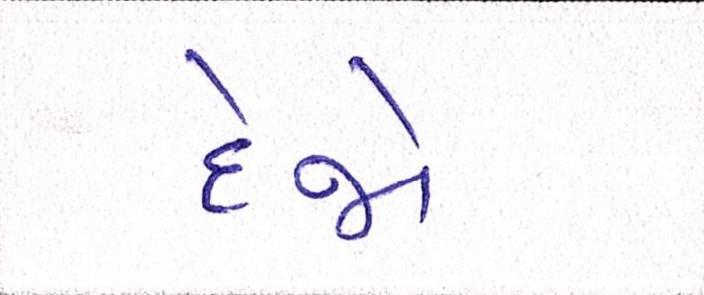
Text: દેજો